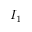
I _ { 1 }